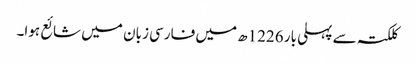
کلکتہ سے پہلی بار 1226ھ میں فارسی زبان میں شائع ہوا۔